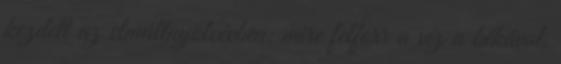
kezdett az elmúltnyolcévben: mire felforr a víz a békával,